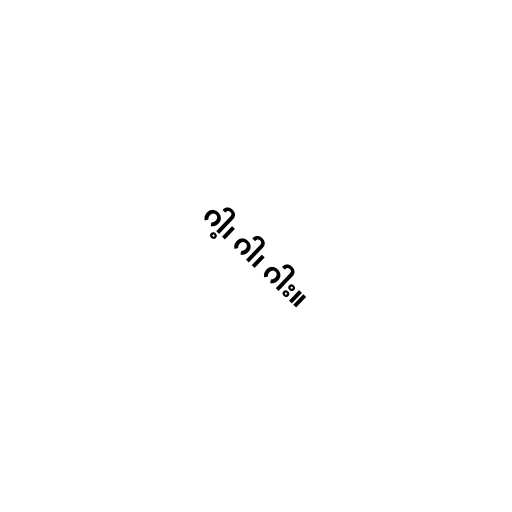
ဂါ့၊ ဂါ၊ ဂါး။